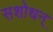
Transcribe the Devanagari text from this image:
सशोधन्